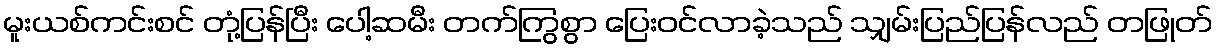
မူးယစ်ကင်းစင် တုံ့ပြန်ပြီး ပေါ့ဆမီး တက်ကြွစွာ ပြေးဝင်လာခဲ့သည် သျှမ်းပြည်ပြန်လည် တဖြုတ်